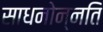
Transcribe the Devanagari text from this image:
साधनोन्नति